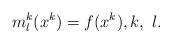
LaTeX: \begin{align*}m^k_l(x^k)=f(x^k),k,\ l.\end{align*}